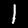
Label: 1